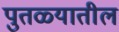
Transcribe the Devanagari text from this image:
पुतळ्यातील